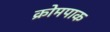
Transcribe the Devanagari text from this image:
क्रोमपाक